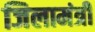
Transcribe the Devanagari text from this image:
जिलामंत्री